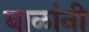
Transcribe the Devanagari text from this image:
बाळांनी